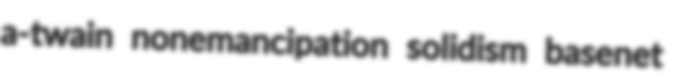
a-twain nonemancipation solidism basenet